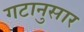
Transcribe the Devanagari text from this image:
गटानुसार